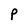
Character: P